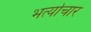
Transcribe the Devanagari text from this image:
भर्त्याचार